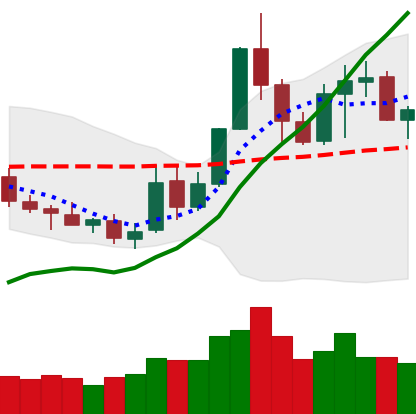
Ticker: NEO-USD
Chart end date: 2019-05-23
Forward return: 10.273%
Label: up_7plus